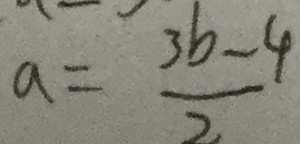
a = \frac { 3 b - 4 } { 2 }